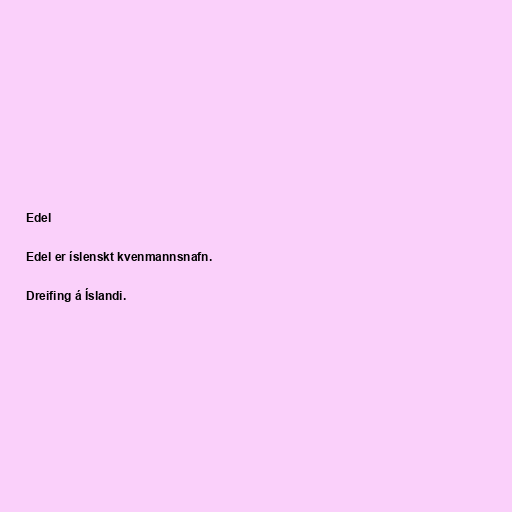
Edel

Edel er íslenskt kvenmannsnafn.

Dreifing á Íslandi.